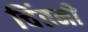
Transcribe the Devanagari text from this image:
चिंतनी